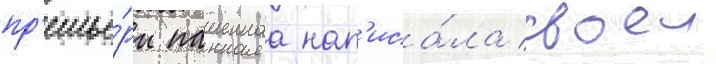
пр'емье́ры пашеннаа нап'иса́ла своеи